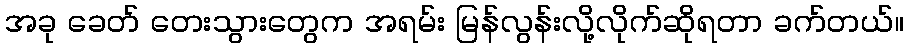
အခု ခေတ် တေးသွားတွေက အရမ်း မြန်လွန်းလို့လိုက်ဆိုရတာ ခက်တယ်။